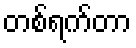
တစ်ရက်တာ